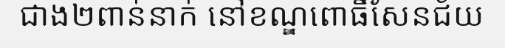
ជាង២ពាន់នាក់ នៅខណ្ឌពោធិ៍សែនជ័យ